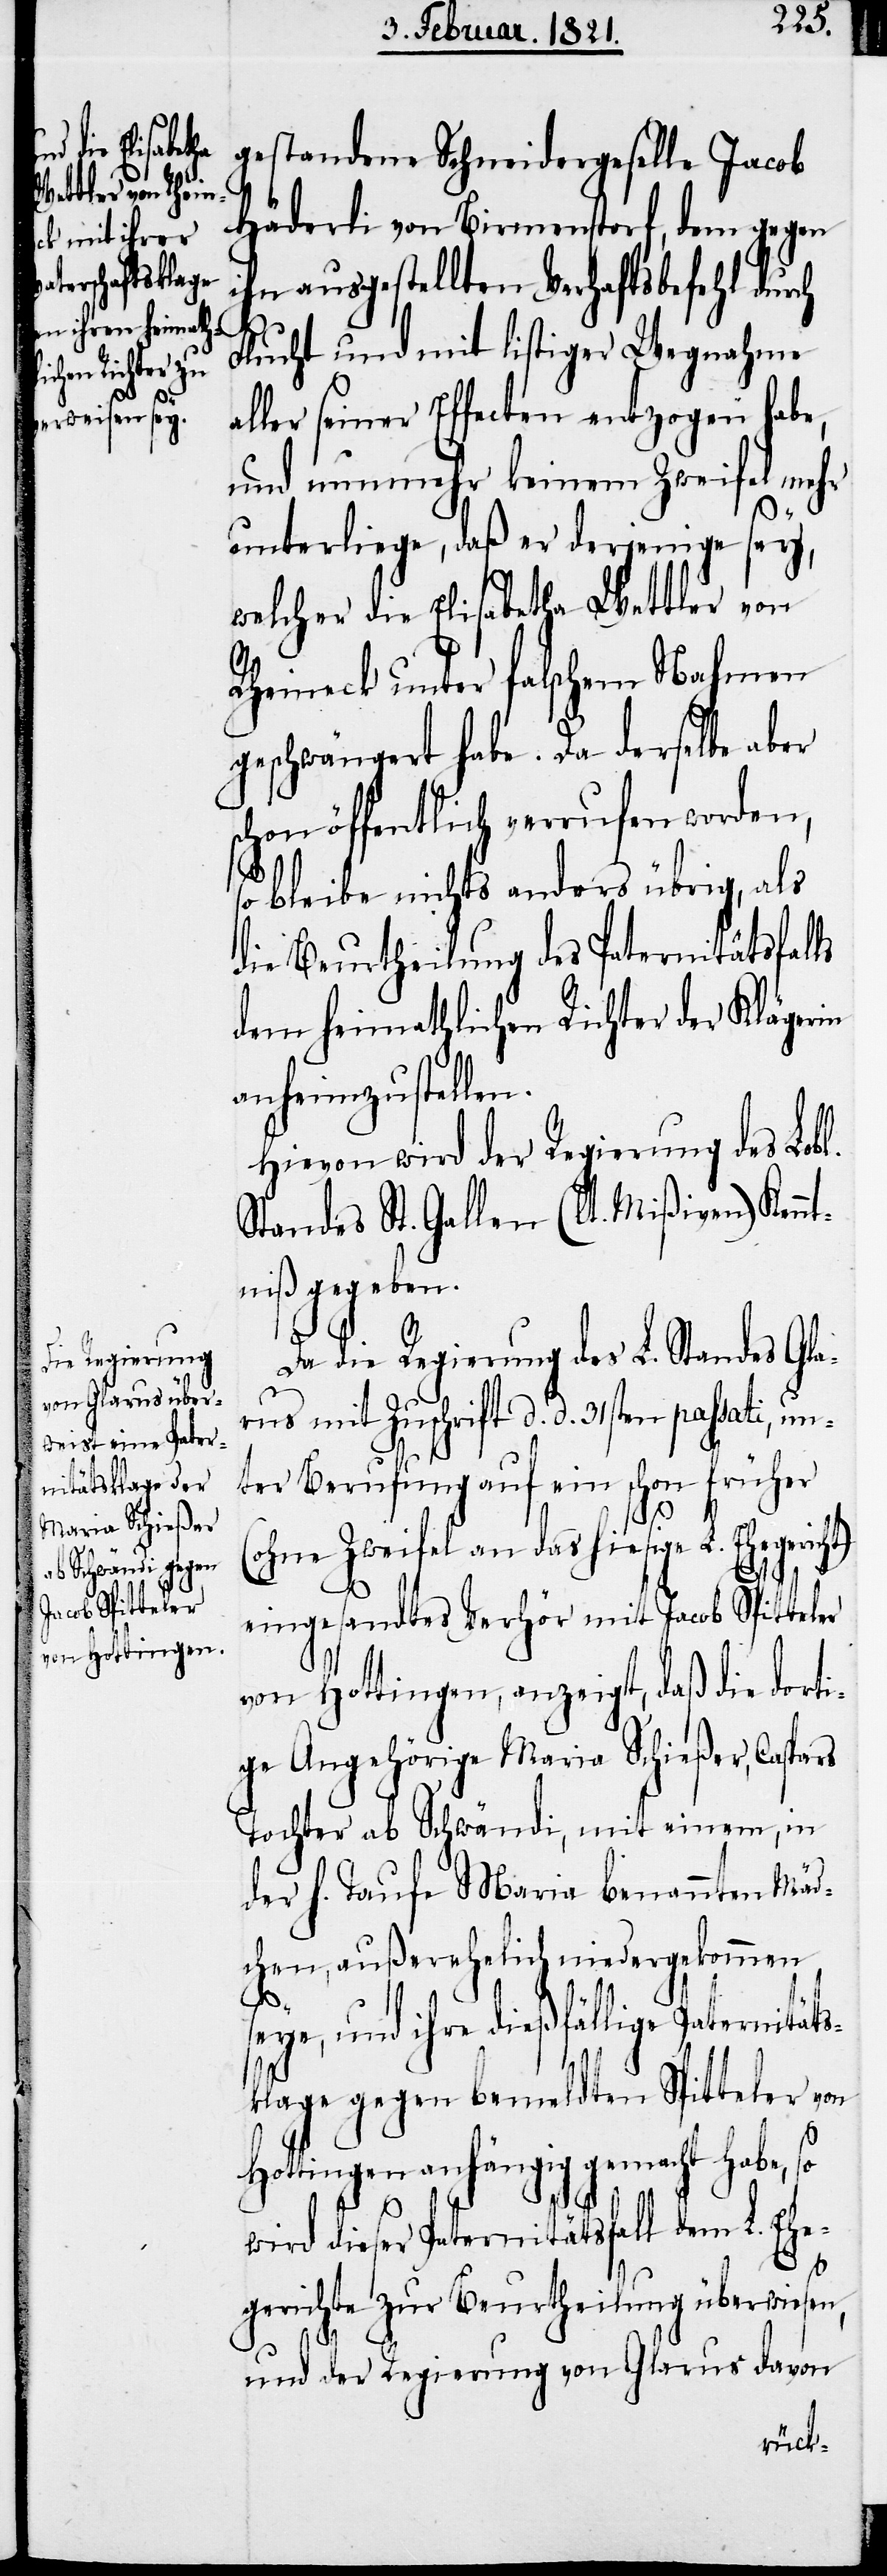
gestandene Schneidergeselle Jacob
Häderli von Birmenstorf, dem gegen
ihn ausgestellten Verhaftsbefehl durch
Flucht und mit listiger Wegnahme
ller seiner Effecten entzogen habe,
und nunmehr keinem Zweifel mehr
w¬
unterliege, daß er derjenige sey,
welcher die Elisabetha Wettler von
Rheineck unter falschem Nahmen
geschwängert habe. Da derselbe aber
chon öffentlich verrufen worden,
so bleibe nichts anders übrig, als
die Beurtheilung des Paternitätsfalls
dem heimathlichen Richter der Klägerin
anheimzustellen.
Hievon wird der Regierung des Lobl.
Standes St. Gallen (lt. Mißiven) Kennt¬
niß gegeben.
Da die Regierung des L. Standes Gla¬
rus mit Zuschrift d. d. 31sten passati, un¬
ter Berufung auf ein schon früher
(ohne Zweifel an das hiesige L. Ehegerich¬
eingesandtes Verhör mit Jacob Spitteler
von Hottingen, anzeigt, daß die dorti¬
ge Angehörige Maria Schießer, Caspars
Tochter ab Schwändi, mit einem, in
der h. Taufe Maria benannten Mäd¬
chen, außerehelich niedergekommen
seye, und ihre dießfällige Paternität¬
sklage gegen bemeldten Spitteler von
Hottingen anhängig gemacht habe, so
ird dieser Paternitätsfall dem L. Eh¬
egerichte zur Beurtheilung überwiesen,
und der Regierung von Glarus davon